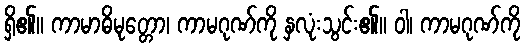
ရှိ၏။ ကာမာဓိမုတ္တော၊ ကာမဂုဏ်ကို နှလုံးသွင်း၏။ ဝါ၊ ကာမဂုဏ်ကို